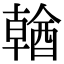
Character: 𨢈